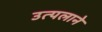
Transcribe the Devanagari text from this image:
उत्पलाने